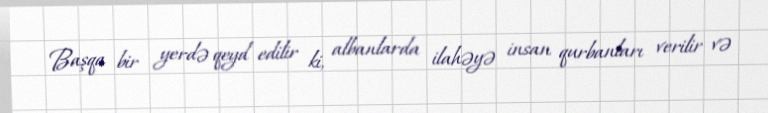
Başqa bir yerdə qeyd edilir ki, albanlarda ilahəyə insan qurbanları verilir və